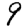
Digit: 9